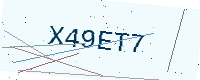
Text: X49ET7